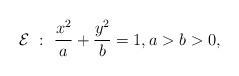
LaTeX: \begin{align*}\mathcal E\ :\ \frac{x^2}{a}+\frac{y^2}{b}=1,a>b>0,\end{align*}